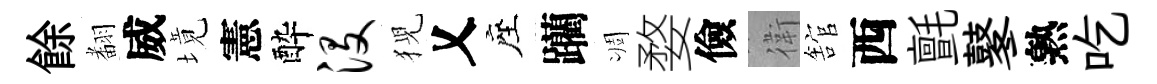
餘𮋒威境憲酔没猊乂座躪凋婺儉衛舘西氈鼕熟吃